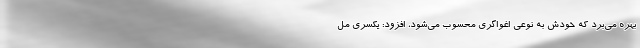
بهره می‌برد که خودش به نوعی اغواگری محسوب می‌شود، افزود: یکسری مل